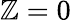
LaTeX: \mathbb{Z}=0